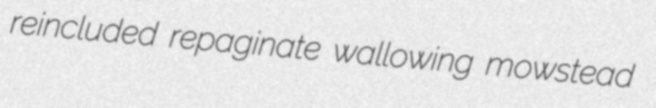
reincluded repaginate wallowing mowstead